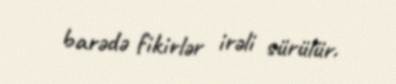
barədə fikirlər irəli sürülür.